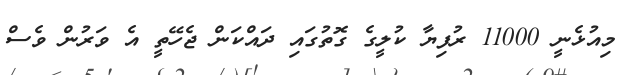
މިއުޅެނީ 11000 ރުފިޔާ ކުލީގެ ގޮތުގައި ދައްކަން ޖެހޭތީ އެ ވަރުން ވެސް